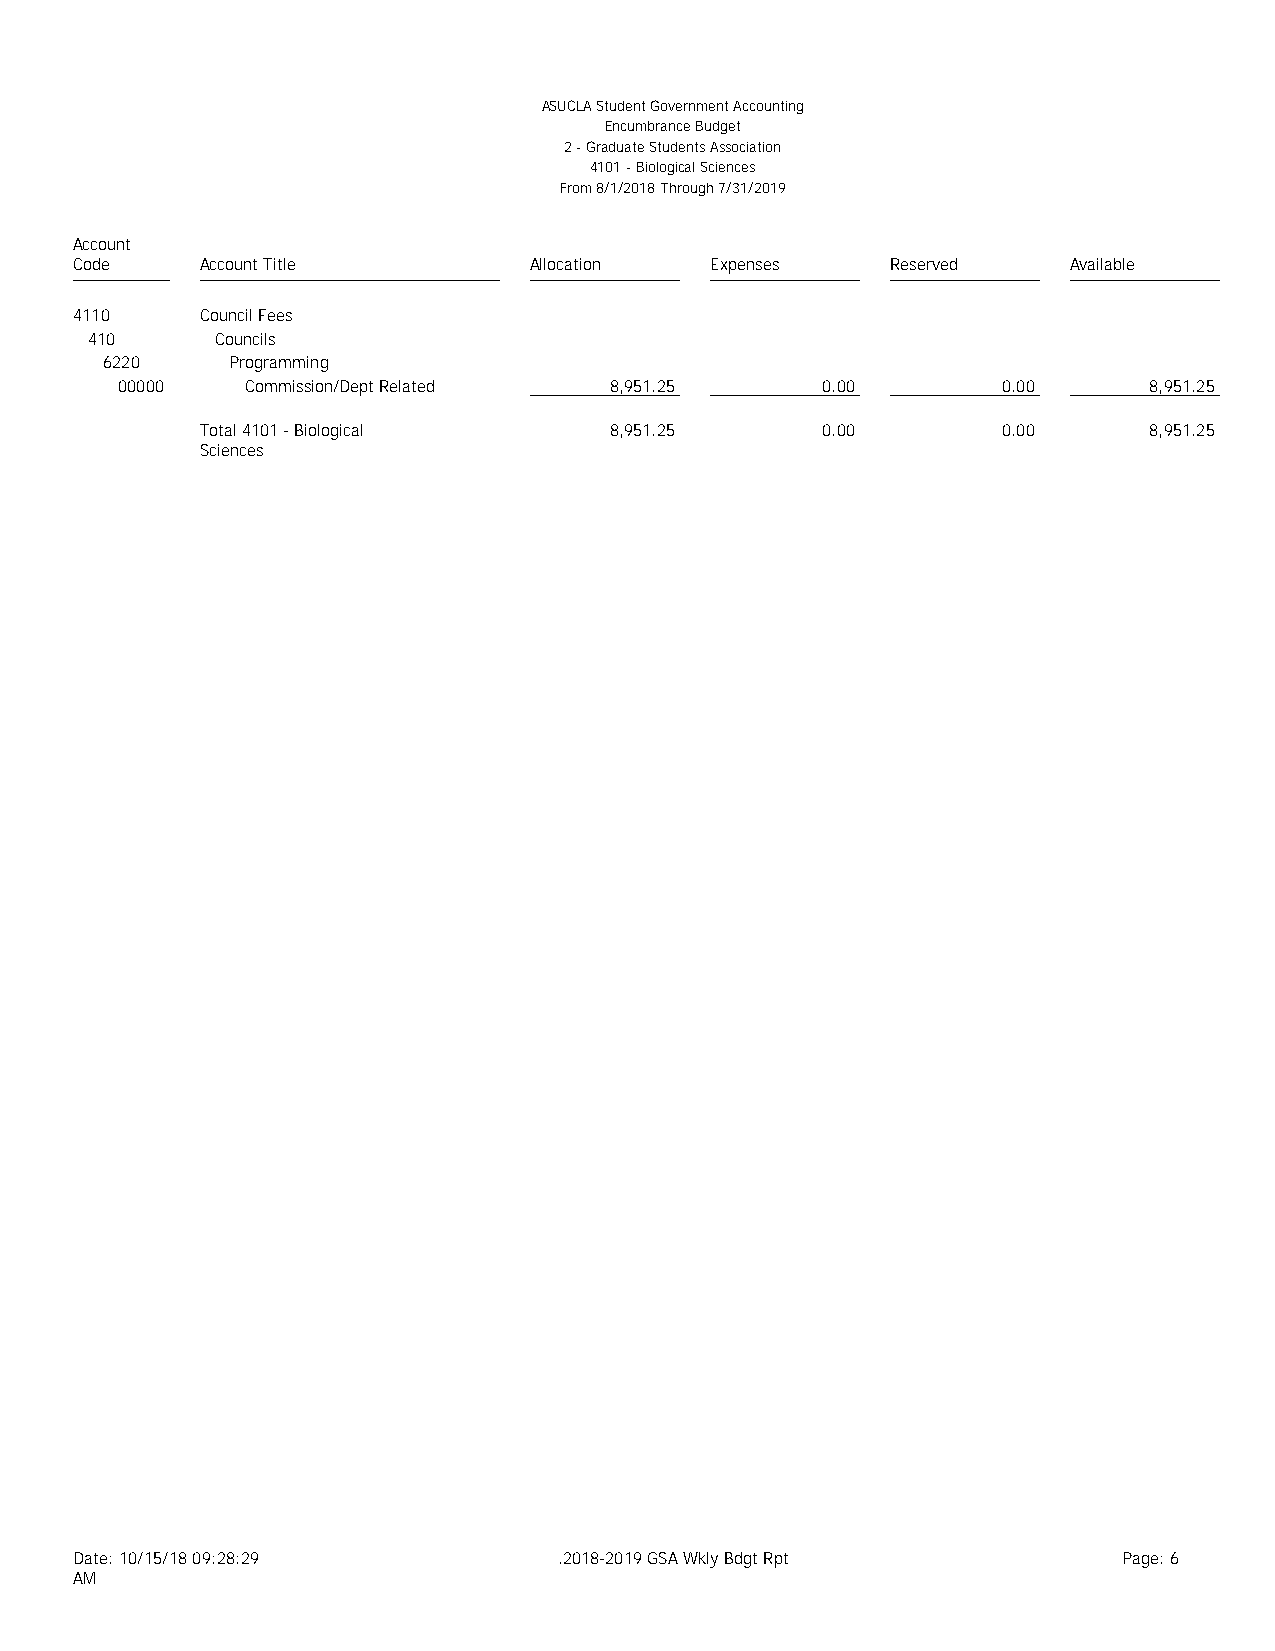
ASUCLA Student Government Accounting
 Encumbrance Budget
 2 - Graduate Students Association
 4101 - Biological Sciences
 From 8/1/2018 Through 7/31/2019
 Account
 Code    Account Title         Allocation  Expenses    Reserved    Available
 4110    Council Fees
 410     Councils
 6220    Programming
 00000   Commission/Dept Related 8,951.25      0.00        0.00      8,951.25
 Total 4101 - Biological    8,951.25      0.00        0.00      8,951.25
 Sciences
 Date: 10/15/18 09:28:29         .2018-2019 GSA Wkly Bdgt Rpt         Page: 6
 AM